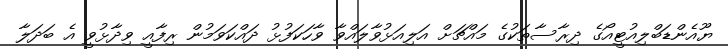
ޔޫއެންޑަބްލިއުޓީއޯގެ ދިރާސާތަކުގެ މައްޗަށް އަލިއަޅުވާލައްވާ ވާހަކަފުޅު ދައްކަވަމުން ރިފާއީ ވިދާޅުވީ އެ ބަދަލާ